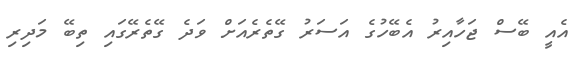
އެއީ ބޭސް ޖަހާއިރު އެބޭހުގެ އަސަރު ގޭތެރެއަށް ވަދެ ގޭތެރޭގައި ތިބޭ މަދިރި